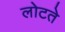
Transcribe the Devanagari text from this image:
लोटते